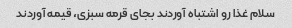
سلام غذا رو اشتباه آوردند بجای قرمه سبزی، قیمه آوردند